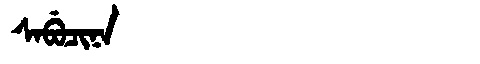
Manchu: ᠰᠠᠪᡠᠴᡳᠨᠠ
Romanization: SABUCINA